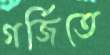
গর্জিতে